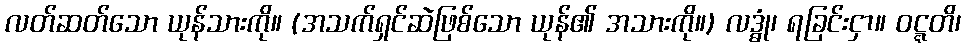
လတ်ဆတ်သော ယုန်သားကို။ (အသက်ရှင်ဆဲဖြစ်သော ယုန်၏ အသားကို။) လဒ္ဓုံ၊ ရခြင်းငှာ။ ဝဋ္ဋတိ၊